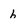
Character: h